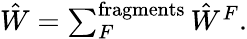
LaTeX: \begin{array}{r}{\hat{W}=\sum_{F}^{\mathrm{fragments}}\hat{W}^{F}.}\end{array}